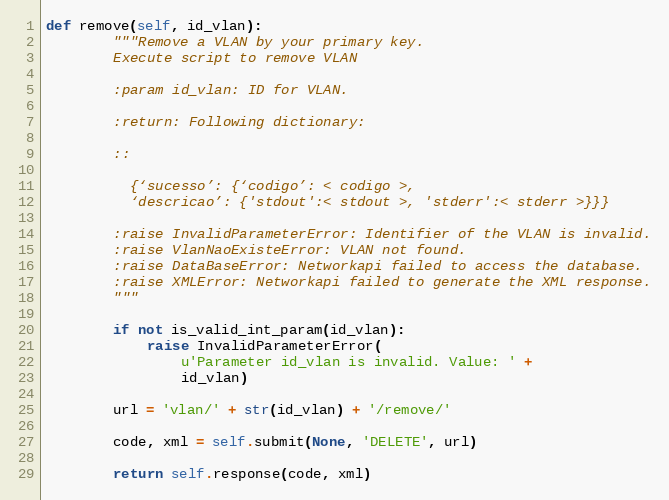
Language: Python
def remove(self, id_vlan):
        """Remove a VLAN by your primary key.
        Execute script to remove VLAN

        :param id_vlan: ID for VLAN.

        :return: Following dictionary:

        ::

          {‘sucesso’: {‘codigo’: < codigo >,
          ‘descricao’: {'stdout':< stdout >, 'stderr':< stderr >}}}

        :raise InvalidParameterError: Identifier of the VLAN is invalid.
        :raise VlanNaoExisteError: VLAN not found.
        :raise DataBaseError: Networkapi failed to access the database.
        :raise XMLError: Networkapi failed to generate the XML response.
        """

        if not is_valid_int_param(id_vlan):
            raise InvalidParameterError(
                u'Parameter id_vlan is invalid. Value: ' +
                id_vlan)

        url = 'vlan/' + str(id_vlan) + '/remove/'

        code, xml = self.submit(None, 'DELETE', url)

        return self.response(code, xml)